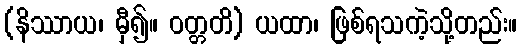
(နိဿာယ၊ မှီ၍။ ဝတ္တတိ) ယထာ၊ ဖြစ်ရသကဲ့သို့တည်း။